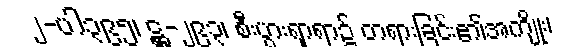
၂-ပါ၃၉၅၊ ဋ္ဌ-၂၉၃၊ စီးပွားရှာရာ၌ တရားခြင်း၏အကျိုး၊